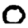
Digit: 0